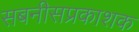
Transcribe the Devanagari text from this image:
सबनीसप्रकाशक